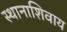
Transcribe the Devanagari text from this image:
स्थानाशिवाय